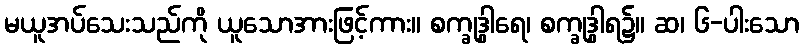
မယူအပ်သေးသည်ကို ယူသောအားဖြင့်ကား။ စက္ခုဒွါရေ၊ စက္ခုဒွါရ၌။ ဆ၊ ၆-ပါးသော